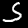
Label: 5